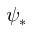
\psi _ { \ast }